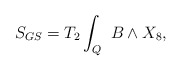
\begin{align*}S_{GS}=T_2\int_{Q}\ B \wedge X_8,\end{align*}